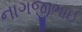
નાગજીભાઈ